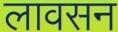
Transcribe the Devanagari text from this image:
लावसन